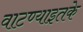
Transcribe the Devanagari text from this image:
वाटण्याइतके